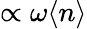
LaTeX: \propto\omega\langle n\rangle